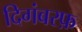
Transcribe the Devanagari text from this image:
दिगंबरफ़